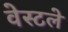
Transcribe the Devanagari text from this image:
वेस्टले